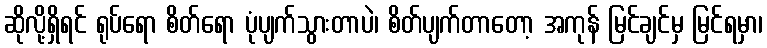
ဆိုလို့ရှိရင် ရုပ်ရော စိတ်ရော ပုံပျက်သွားတာပဲ၊ စိတ်ပျက်တာတော့ အကုန် မြင်ချင်မှ မြင်ရမှာ၊